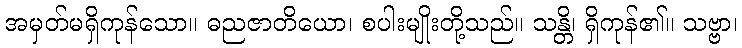
အမှတ်မရှိကုန်သော။ ဓညဇာတိယော၊ စပါးမျိုးတို့သည်။ သန္တိ၊ ရှိကုန်၏။ သဗ္ဗာ၊